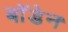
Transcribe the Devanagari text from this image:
बाॅडेन